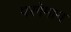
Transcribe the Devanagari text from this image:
परगेमान